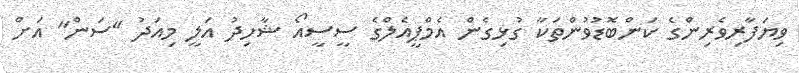
ވިޔަފާރިވެރިންގެ ކަންބޮޑުވުންތަކާ ގުޅިގެން އެމްޕީއެލްގެ ސީސީއޯ ޝާހިދު އަލީ މިއަދު "ސަން" އަށް